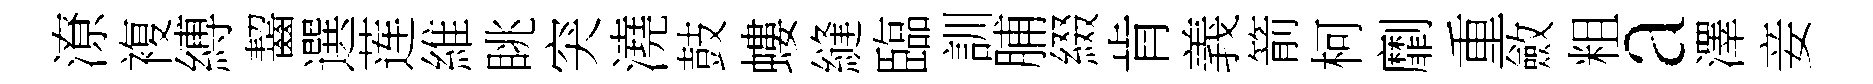
潦複縛齧選莲維眺突澆鼓螻縫臨訓脯綴肯義箭柯劘重斂粗a澤妾